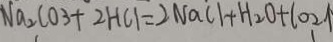
N a _ { 2 } C O _ { 3 } + 2 H C l = 2 N a C l + H _ { 2 } O + C O _ { 2 } \uparrow